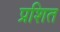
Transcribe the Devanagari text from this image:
प्रशित